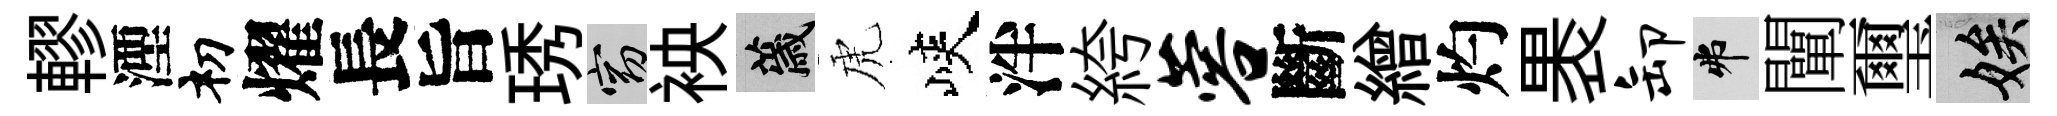
轇湮𥘉燿長旨琇窈䘧薉虎峽泮絝蓉斷繒灼褁卸弗闡璽娭